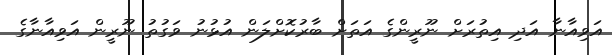
އަވިއާނާ އަދި އިތުރަށް ނޫރީންގެ އަތަށް ބާރުކޮށްލަން އުޅުނު ވަގުތު ނޫރީން އަވިއާނާގެ